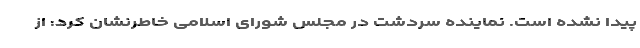
پیدا نشده است. نماینده سردشت در مجلس شورای اسلامی خاطرنشان کرد: از